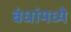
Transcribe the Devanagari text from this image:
बंधांमध्ये